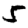
Digit: 5